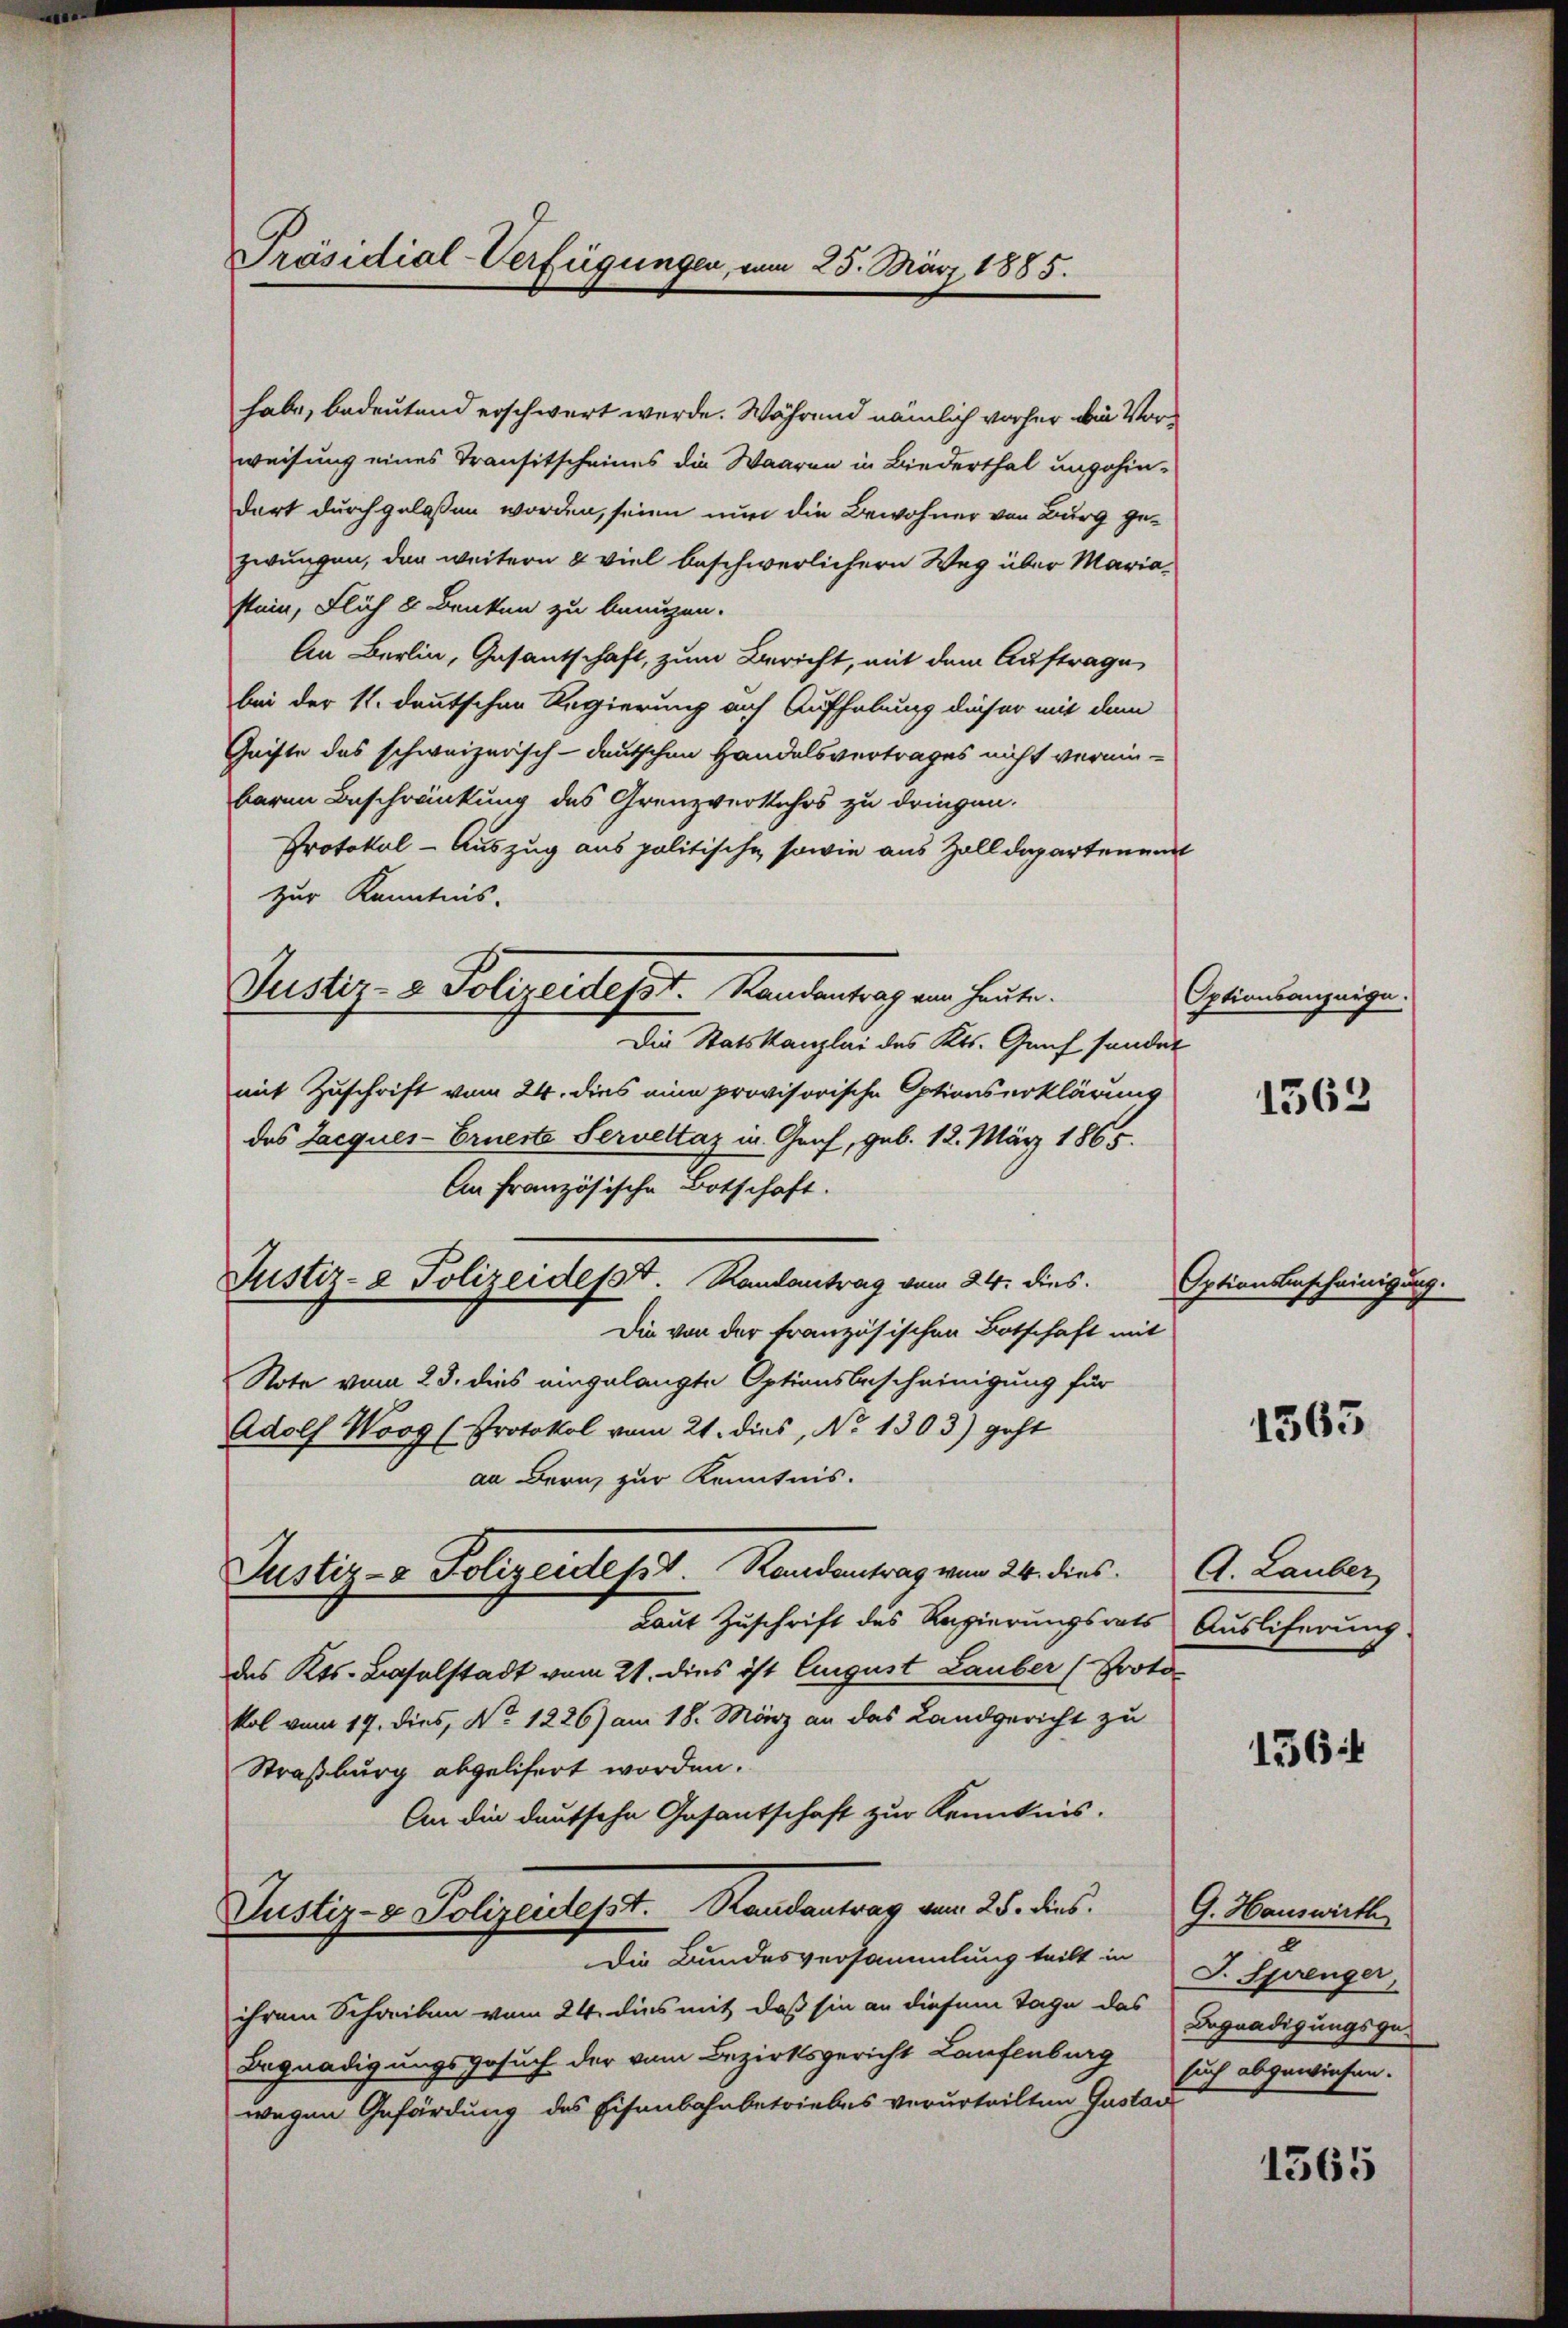
Präsidial-Verfügungen, vom 25. März 1885.

habe, bedeutend erschwert werde. Während nämlich vorher die Vorweisung eines Transitscheines die Waaren in Biederthal ungehin-
dort durch gelassen worden, seien nun die Bewohner von Burg gezwungen, den weitern & viel beschwerlichern Weg über Mariastein, Flich 2. Benken zu benuzen.
An Berlin, Gasantschaft, zum Bericht, mit dem Auftrage
bei der 11. deutschen Regierung auf Aufhebung dieser mit dem
Geiste des schweizerisch-deutschen Handelsvertrages nicht vermin-
baren Beschränkung des Grenzverkehrs zu dringen.
Protokol-Auszug aus politische, sowie aus Zolldepartenend
zur Kenntnis-
Die Statskanzlei des Kts. Graf sonder
mit Zuschrift vom 24. dies eine provisorische Optionserklärung
des Jacques-Erneste Serveltaz in Graf, geb. 12. März 1865.
An Französische Botschaft.
Justiz- & Polizeidesst. Randantrag vom 24. dies
Die von der französischen Botschaft mit
Note vom 23. dies eingelangte Optionsbescheinigung für
Adolf Woog (Protokol vom 21. dies, No 1303) geht
an Bern zur Kenntnis.
Justiz- & Polizeides Randantrag vom 24. dies
Laut Zuschrift des Regierungsrats
des Kts. Baselstadt vom 21. dies ist August Lauber (Proto-
kol vom 17. dies, No. 1226) am 18. März an das Landgericht zu
Straßburg abgelifert worden.
An die deutsche Gesantschaft zur Kenntnis.
Justiz- & Polizeidesst.   Randantrag vom 25. dies
Die Bundesversammlung teilt in J. Sprenger,
ihrem Schreiben vom 24. dies mit daß sie an diesem Tage das Begnadigungsge-
Begnadigungsgesuch der vom Bezirksgericht Laufenburg
wegen Gefärdung des Eisenbahnbetriebes verurteilten Gustav

Justiz- & Polizeidesst. Handentrag am heute.

Aptionsanzeige.

1563

Aptionsenscheinigung.

1365.

A. Lauber
Ausliferung.

136

G. Hauswirth
.
such abgewiesen.

1365